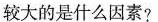
较大的是什么因素?